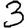
Digit: 3